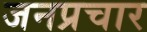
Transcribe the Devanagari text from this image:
जनप्रचार